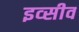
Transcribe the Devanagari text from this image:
इव्सीव